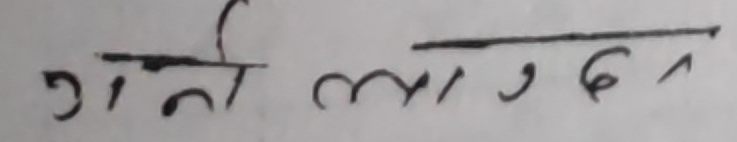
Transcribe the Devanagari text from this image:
गर्न लागदन